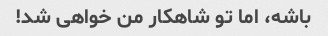
باشه، اما تو شاهکار من خواهی شد!